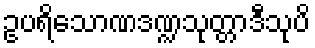
ဥပရိသောဏဒဏ္ဍသုတ္တာဒီသုပိ